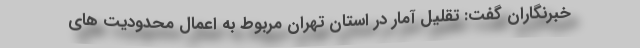
خبرنگاران گفت: تقلیل آمار در استان تهران مربوط به اعمال محدودیت های